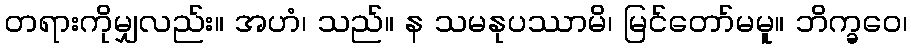
တရားကိုမျှလည်း။ အဟံ၊ သည်။ န သမနုပဿာမိ၊ မြင်တော်မမူ။ ဘိက္ခဝေ၊